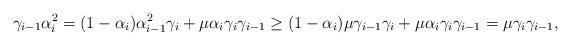
LaTeX: \begin{align*}\gamma_{i-1}\alpha_i^2=(1-\alpha_i)\alpha_{i-1}^2\gamma_i+\mu\alpha_i\gamma_i\gamma_{i-1}\geq(1-\alpha_i)\mu\gamma_{i-1}\gamma_i+\mu\alpha_i\gamma_i\gamma_{i-1}=\mu\gamma_i\gamma_{i-1},\end{align*}